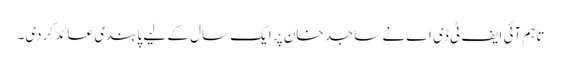
تاہم آئی ایف ٹی ڈی اے نے ساجد خان پر ایک سال کے لیے پابندی عائد کردی۔